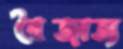
বৈজাত্য